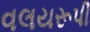
વલયરૂપી